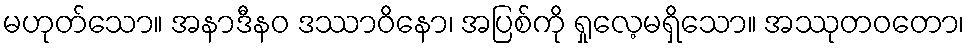
မဟုတ်သော။ အနာဒီနဝ ဒဿာဝိနော၊ အပြစ်ကို ရှုလေ့မရှိသော။ အဿုတဝတော၊